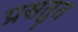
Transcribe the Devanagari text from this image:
प्रसतुत